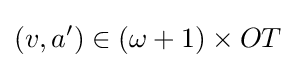
(v,a')\in (\omega +1)\times OT